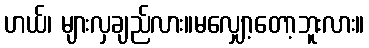
ဟယ်၊ များလှချည်လား။မလျှော့တော့ဘူးလား။